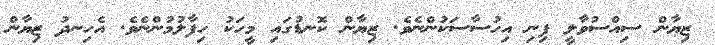
ޒިޔާން ސިއްސުވާލީ ފިނި އިހުސާސަކުންނެވެ. ޒިޔާން ކޮނޑުގައި މީހަކު ހިފާލުމުންނެވެ. އެހިނދު ޒިޔާން